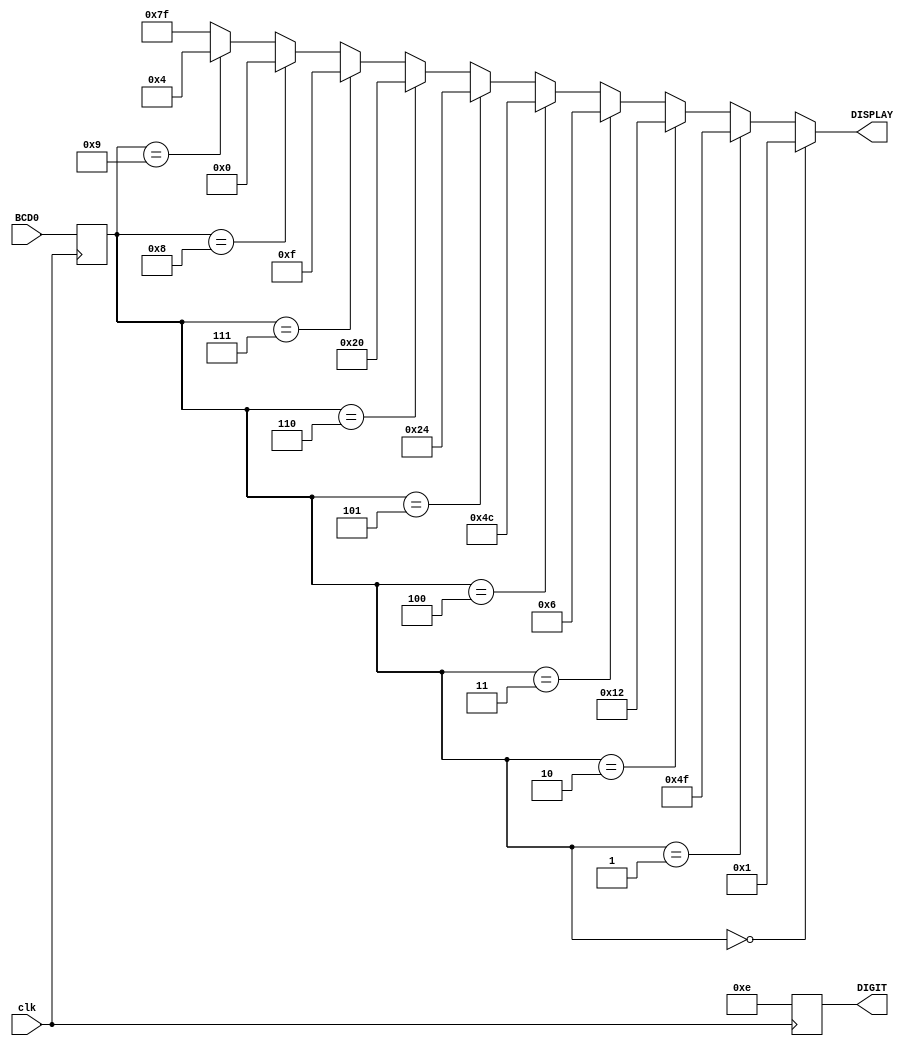
module seven_segment(DIGIT, DISPLAY, BCD0, clk
    );
input clk;
input [3:0] BCD0;
output reg [3:0] DIGIT;
output [6:0] DISPLAY;

reg [3:0] value;
    
	always @ ( posedge clk) begin
	    DIGIT <= 4'b1110;	
		value <= BCD0;
	end

	assign DISPLAY = (value==4'd0) ? 7'b0000001 :
						(value==4'd1) ? 7'b1001111 :
						(value==4'd2) ? 7'b0010010 :
						(value==4'd3) ? 7'b0000110 :
						(value==4'd4) ? 7'b1001100 :
						(value==4'd5) ? 7'b0100100 :
						(value==4'd6) ? 7'b0100000 :
						(value==4'd7) ? 7'b0001111 :
						(value==4'd8) ? 7'b0000000 : 
						(value==4'd9) ? 7'b0000100 :
                 						7'b1111111;

endmodule